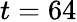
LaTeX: t=64